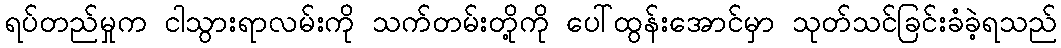
ရပ်တည်မှုက ငါသွားရာလမ်းကို သက်တမ်းတို့ကို ပေါ်ထွန်းအောင်မှာ သုတ်သင်ခြင်းခံခဲ့ရသည်